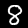
Label: 8